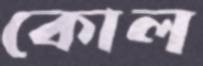
কোল